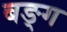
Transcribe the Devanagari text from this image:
बङ्ग